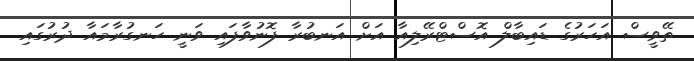
ތޭވީސް އަހަރުގެ ޑައިބާލް އޮސްޓްރޭލިއާ އަށް އަނބުރާ ފޮނުވާފައި ވަނީ ހަނގުރާމައާ ދުރުގައި